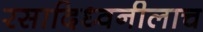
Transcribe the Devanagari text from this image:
रसादिध्वनीलाच